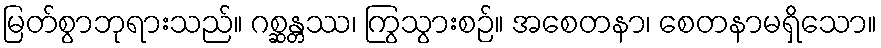
မြတ်စွာဘုရားသည်။ ဂစ္ဆန္တဿ၊ ကြွသွားစဉ်။ အစေတနာ၊ စေတနာမရှိသော။